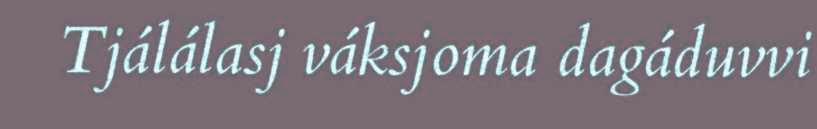
Tjálálasj váksjoma dagáduvvi